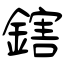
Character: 鎋